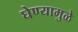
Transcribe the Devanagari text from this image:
घेण्यामुळे